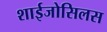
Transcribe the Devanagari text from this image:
शाईजोसिलस